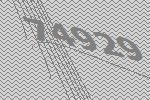
74929